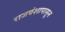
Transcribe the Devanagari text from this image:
राजवंशापासून